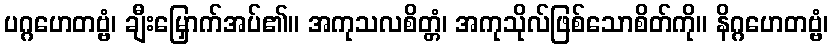
ပဂ္ဂဟေတဗ္ဗံ၊ ချီးမြှောက်အပ်၏။ အကုသလစိတ္တံ၊ အကုသိုလ်ဖြစ်သောစိတ်ကို။ နိဂ္ဂဟေတဗ္ဗံ၊